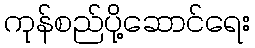
ကုန်စည်ပို့ဆောင်ရေး